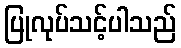
ပြုလုပ်သင့်ပါသည်